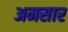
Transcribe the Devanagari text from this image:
अमसार